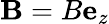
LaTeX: \mathbf{B}=B\mathbf{e}_{z}